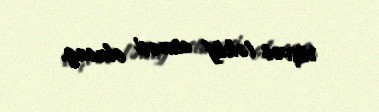
rüşvət təklif etməsi olacaq.